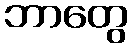
ဘာတွေ